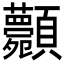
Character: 𩖉